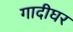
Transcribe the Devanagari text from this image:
गादीघर